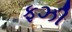
ફઝી